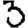
Digit: 3